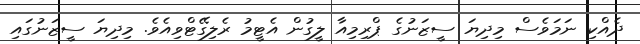
ދެއްކި ނަމަވެސް މިދިޔަ ސީޒަނުގެ ޕްރިމިއާ ލީގުން އެޓީމު ރެލިގޭޓްވިއެވެ. މިދިޔަ ސީޒަނުގައި